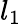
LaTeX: l_{1}